Madras plague regulations in force outside the Presidency town - Volume 3
Disease focus: Plague
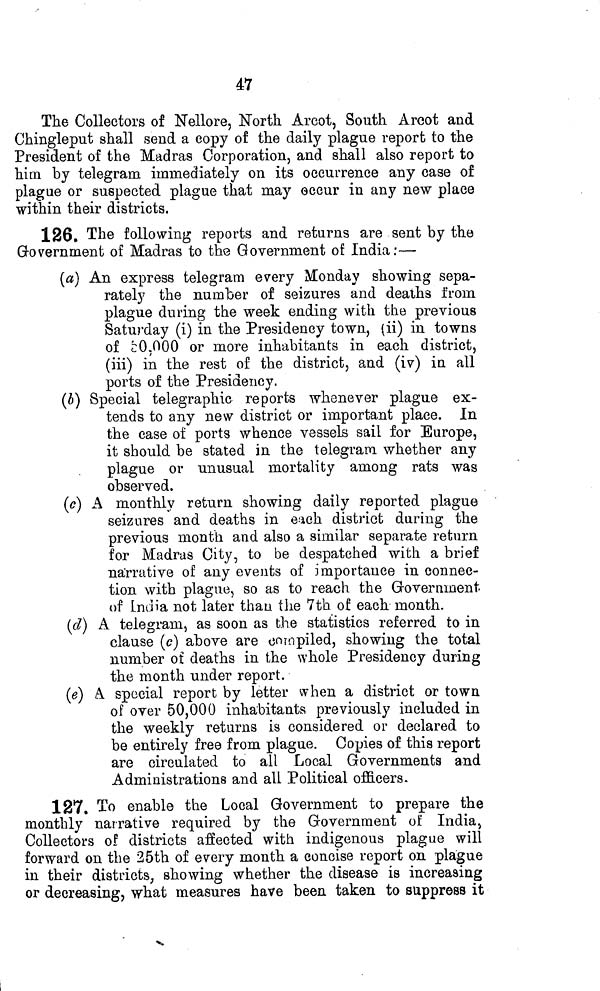
47
The Collectors of Nellore, North Arcot, South Arcot and
Chingleput shall send a copy of the daily plague report to the
President of the Madras Corporation, and shall also report to
him by telegram irnrnediately on its occurrence any case of
plague or suspected plague that may occur in any new place
within their districts.
126. The following reports and returns are sent by the
Government of Madras to the Government of India:—
(«) An express telegram every Monday showing sepa-
rately the number of seizures and deaths from
plague during the week ending with the previous
Saturday (i) in the Presidency town, (ii) in towns
of ¿0,000 or more inhabitants in each district,
(iii) in the rest of the district, and (iv) in all
ports of the Presidency.
(o) Special telegraphic reports whenever plague ex-
tends to any new district or important place. In
the case of ports whence vessels sail for Europe,
it should be stated in the telegram, whether any
plague or unusual mortality among rats was
observed.
(c) A monthly return showing daily reported plague
seizures and deaths in each district during the
previous month and also a similar separate return
for Madras City, to be despatched with a brief
narrative of any events of importance in connec-
tion with plague, so as to reach the Government
of India not later than the 7th of each month.
(d) A telegram, as soon as the statistics referred to in
clause (c) above are compiled, showing the total
number of deaths in the whole Presidency during
the month under report.
(e) A special report by letter when a district or town
of over 50,000 inhabitants previously included in
the weekly returns is considered or declared to
be entirely free from plague. Copies of this report
are circulated to all Local Governments and
Administrations and all Political officers.
127, To enable the Local Government to prepare the
monthly narrative required by the Government of India,
Collectors of districts affected with indigenous plague will
forward on the 25th of every month a concise report on plague
in their districts, showing whether the disease is increasing
or decreasing, what measures have been taken to suppress it